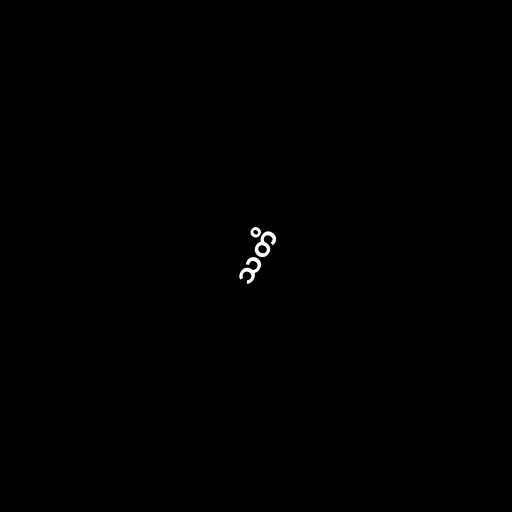
သတိ